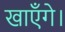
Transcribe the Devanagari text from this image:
खाएँगे।